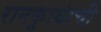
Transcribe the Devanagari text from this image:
रानकुत्र्यांची